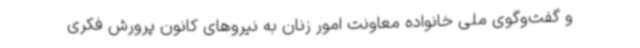
و گفت‌وگوی ملی خانواده معاونت امور زنان به نیروهای کانون پرورش فکری